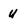
Character: u